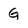
Character: G